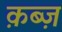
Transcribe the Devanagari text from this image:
क़ब्ज़